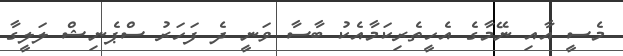
މެސީ އާއި ނޭމާގެ އެހީތެރިކަމާއެކު ބާސާ ވަނީ ދެ ފަހަރު ސްޕެނިޝް ލަލީގާ